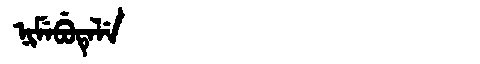
Manchu: ᠨᡳᠮᡝᠪᡠᡨᡝᠯᡝ
Romanization: NIMEBUTELE